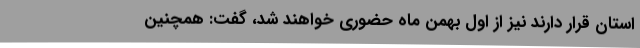
استان قرار دارند نیز از اول بهمن ماه حضوری خواهند شد، گفت: همچنین